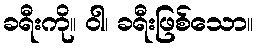
ခရီးကို။ ဝါ၊ ခရီးဖြစ်သော။